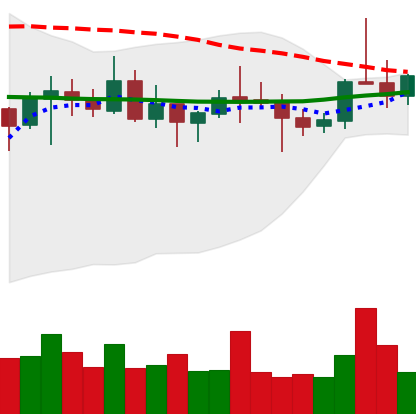
Ticker: ETC-USD
Chart end date: 2021-10-23
Forward return: -6.565%
Label: down_5_7